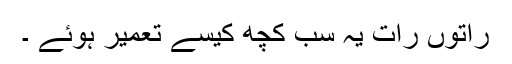
راتوں رات یہ سب کچھ کیسے تعمیر ہوئے ۔